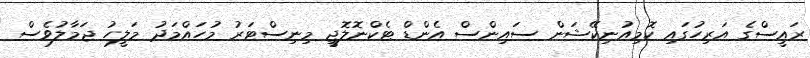
ރައީސްގެ އަރިހުގައި ކޮމިއުނިކޭޝަން ސައިންސް އެންޑް ޓެކްނޮލޮޖީ މިނިސްޓަރު މުހައްމަދު މަލީހު ޖަމާލުވެސް